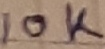
Text: 10K